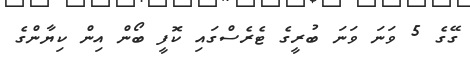
ގޭގެ 5 ވަނަ ވަނަ ބުރީގެ ޓެރެސްގައި ކޮފީ ބޯން އިން ކިޔާންގެ